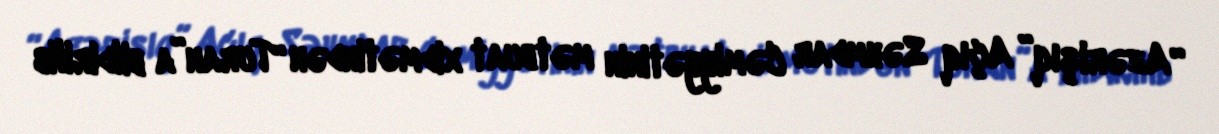
“Azərişıq” Açıq Səhmdar Cəmiyyətinin mətbuat xidmətindən “Turan”a bildirilib